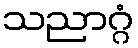
သညာဂ္ဂံ